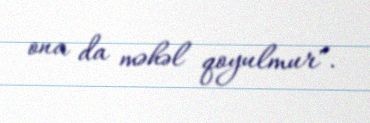
ona da məhəl qoyulmur".